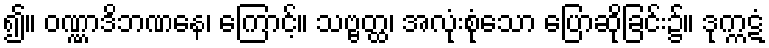
၍။ ဝဏ္ဏာဒိဘဏနေ၊ ကြောင့်။ သဗ္ဗတ္ထ၊ အလုံးစုံသော ပြောဆိုခြင်း၌။ ဒုက္ကဋံ